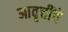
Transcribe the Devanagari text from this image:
आवृत्तींचे